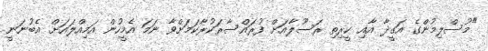
"މުސްލިމުންގެ އަގީދާ އާއި ކީރިތި ރަސޫލާއަށް ފުރައްސާރަކުރާކަމަށްވާ ނަމަ އެމީހުން އަމިއްލައަށް އެބުނަނީ